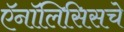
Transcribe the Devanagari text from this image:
ऍनॉलिसिसचे